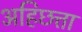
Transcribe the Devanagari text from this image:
अहिछत्ता